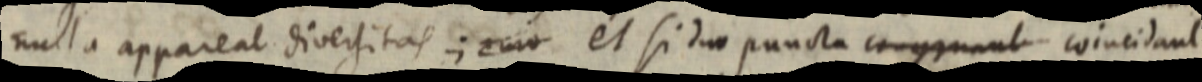
nulla appareat diversitas; _ et si duo puncta congruant coincidant